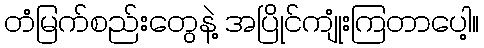
တံမြက်စည်းတွေနဲ့ အပြိုင်ကျုံးကြတာပေါ့။